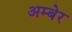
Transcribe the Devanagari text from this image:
अम्बेर